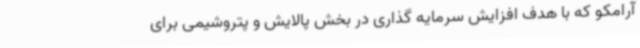
آرامکو که با هدف افزایش سرمایه گذاری در بخش پالایش و پتروشیمی برای